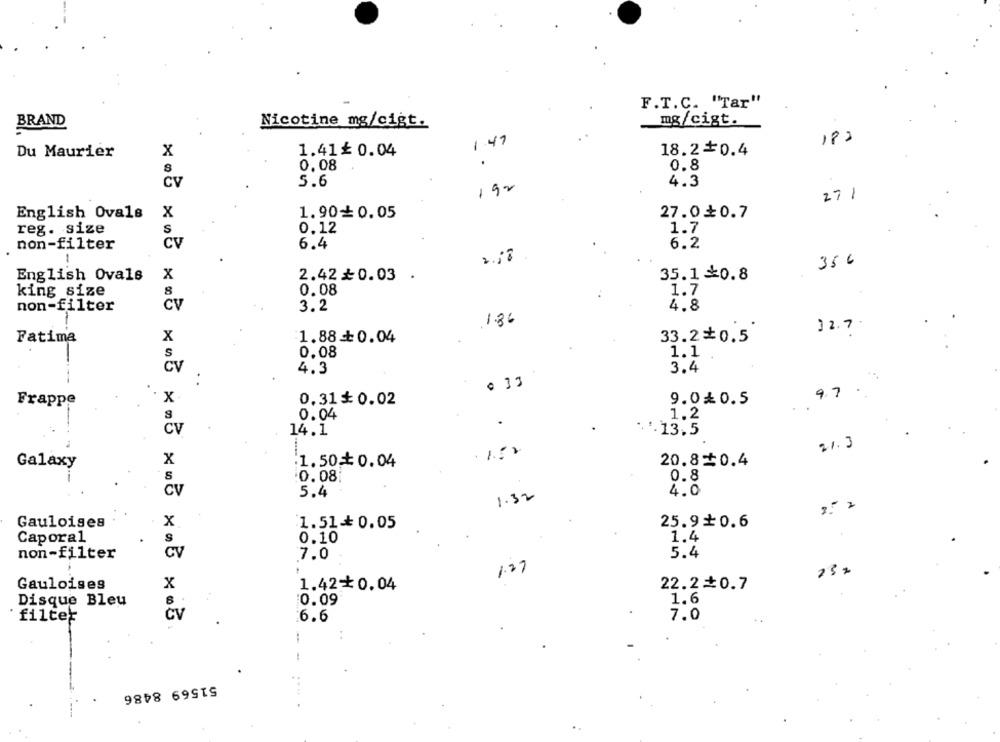
F.T.C. "Tar"
BRAND
Nicotine mg/cigt.
mg/cigt.
182
1.49
Du Maurier
X
1.41₺ 0.04
18.2 0.4
.
0.08
0.8
Cv
5.6
4.3
192
271
English Ovals
x
1.900.05
27.00.7
reg. size
0.12
1.7
S
non-filter
6.4
6.2
Cv
1
356
x
English Ovals
2.42 £0.03 .
35.10.8
king size
8
0.08
1.7
non-filter
CV
3.2
4.8
1.36
12.7
Fatima
X
1.88+0.04
33.2+0.5
0.08
1.1
CV
4.3
3.4
.33
9.7
Frappe
x
0.31$ 0.02
9.0%0.5
0.04
1.2
... 13.5
CV
14.1
21.3
x
Galaxy
1.50 + 0.04
20.80.4
0.08
0.8
čv
5.4
1.32
4.0
Gauloises
x
1.51+ 0.05
25.9 0.6
Caporal
0.10
1.4
non-filter
cv
7.0
5.4
1.77
Gauloises
x
1.42*0.04
22.2+0.7
Disque Bleu
0.09
1.6
CV
filter
6.6
7.0
51569 8486
....